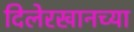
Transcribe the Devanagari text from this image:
दिलेरखानच्या